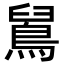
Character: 䳔